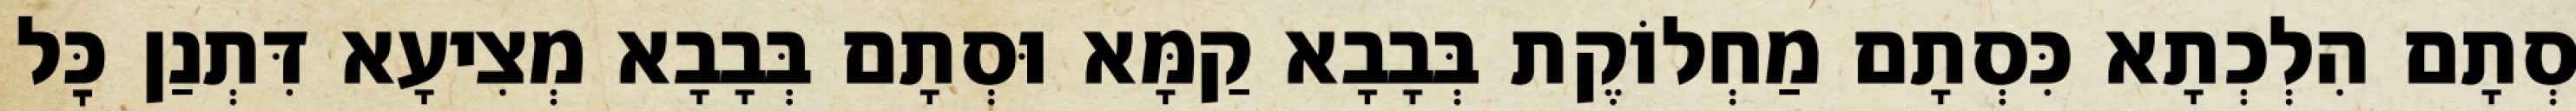
סְתָם הִלְכְתָא כִּסְתָם מַחְלוֹקֶת בְּבָבָא קַמָּא וּסְתָם בְּבָבָא מְצִיעָא דִּתְנַן כׇּל